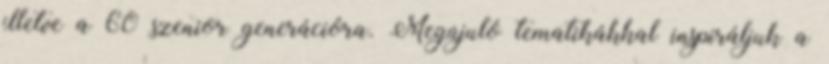
illetve a 60 szenior generációra. Megújuló tematikákkal inspiráljuk a